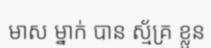
មាស ម្នាក់ បាន ស្ម័គ្រ ខ្លួន